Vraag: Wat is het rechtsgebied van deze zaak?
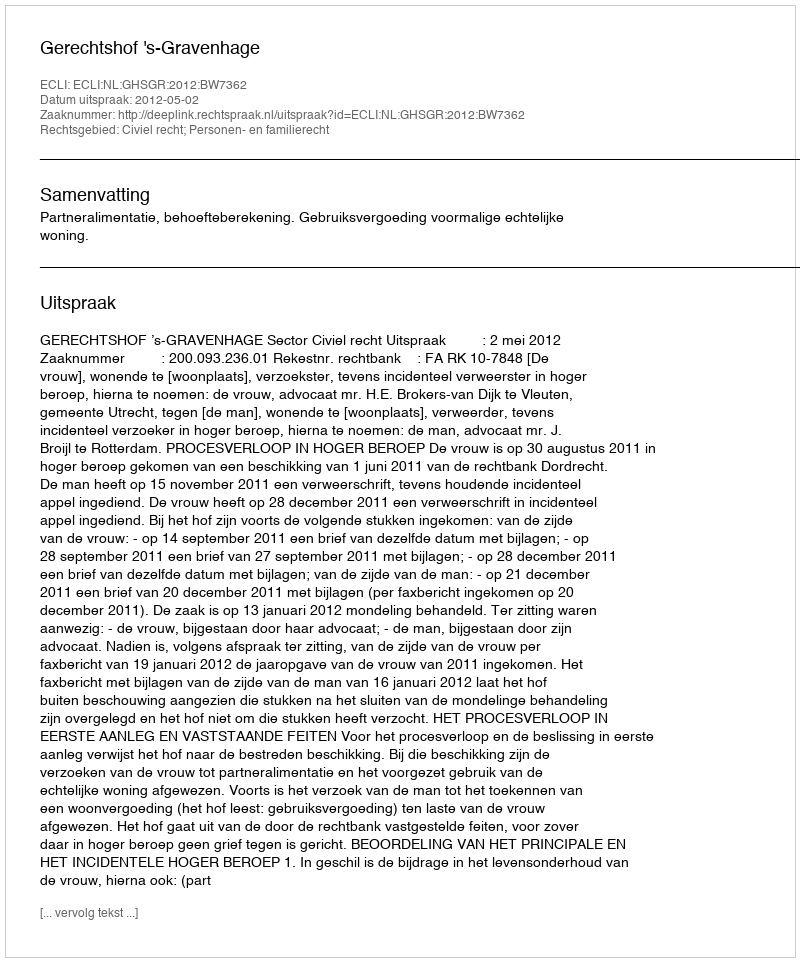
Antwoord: Civiel recht; Personen- en familierecht